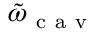
\tilde { \omega } _ { \mathrm { ~ c ~ a ~ v ~ } }